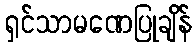
ရှင်သာမဏေပြုချိန်